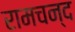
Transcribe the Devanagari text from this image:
रामचन्द